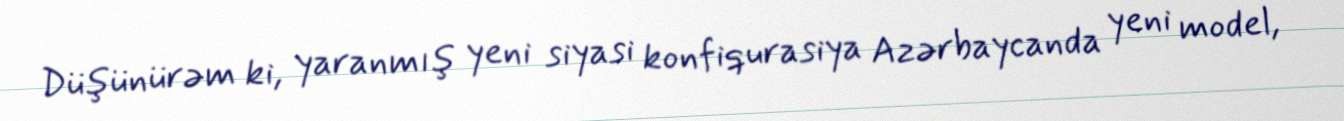
Düşünürəm ki, yaranmış yeni siyasi konfiqurasiya Azərbaycanda yeni model,